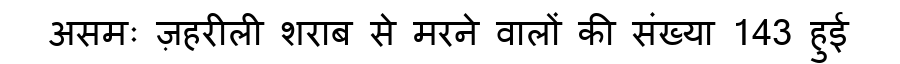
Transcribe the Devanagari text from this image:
असमः ज़हरीली शराब से मरने वालों की संख्या 143 हुई